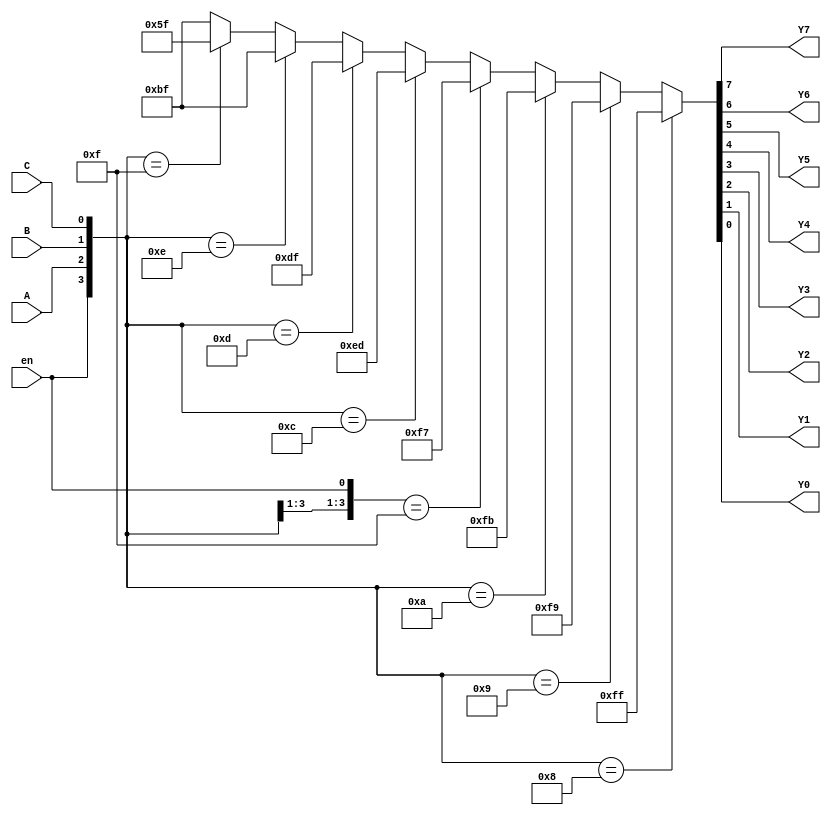
/******************************************************************
 *
 * Module of a 3 to 8 Decoder with an active high enable input and
 * and active low outputs. This model uses a trinary continuous 
 * assignment statement for the combinational logic
 *******************************************************************/
//*****************************************************************
  module decoder_3to8(Y7, Y6, Y5, Y4, Y3, Y2, Y1, Y0, A, B, C, en);
//*****************************************************************
     output Y7, Y6, Y5, Y4, Y3, Y2, Y1, Y0;
     input  A, B, C;
     input  en;
     assign {Y7,Y6,Y5,Y4,Y3,Y2,Y1,Y0} = ( {en,A,B,C} == 4'b1000) ? 8'b1111_1111 :
                                        ( {en,A,B,C} == 4'b1001) ? 8'b1111_1001 :
                                        ( {en,A,B,C} == 4'b1010) ? 8'b1111_1011 :
                                        ( {en,A,B,en} == 4'b1111) ? 8'b1111_0111 :
                                        ( {en,A,B,C} == 4'b1100) ? 8'b1110_1101 :
                                        ( {en,A,B,C} == 4'b1101) ? 8'b1101_1111 :
                                        ( {en,A,B,C} == 4'b1110) ? 8'b1011_1111 :
                                        ( {en,A,B,C} == 4'b1111) ? 8'b0101_1111 :
                                                                   8'b1011_1111;
  endmodule